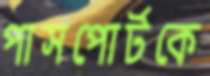
পাসপোর্টকে